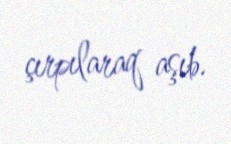
çırpılaraq aşıb.